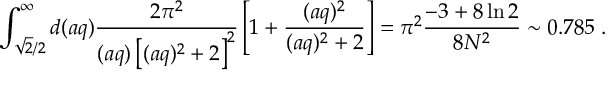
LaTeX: \int _ { \sqrt { 2 } / 2 } ^ { \infty } d ( a q ) \frac { 2 \pi ^ { 2 } } { ( a q ) \left[ ( a q ) ^ { 2 } + 2 \right] ^ { 2 } } \left[ 1 + \frac { ( a q ) ^ { 2 } } { ( a q ) ^ { 2 } + 2 } \right] = \pi ^ { 2 } \frac { - 3 + 8 \ln 2 } { 8 N ^ { 2 } } \sim 0 . 7 8 5 \; .